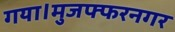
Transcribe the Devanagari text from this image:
गया।मुजफ्फरनगर